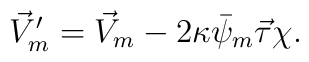
\vec{V}_m'=\vec{V}_m-2\kappa\bar{\psi}_m\vec{\tau}\chi.